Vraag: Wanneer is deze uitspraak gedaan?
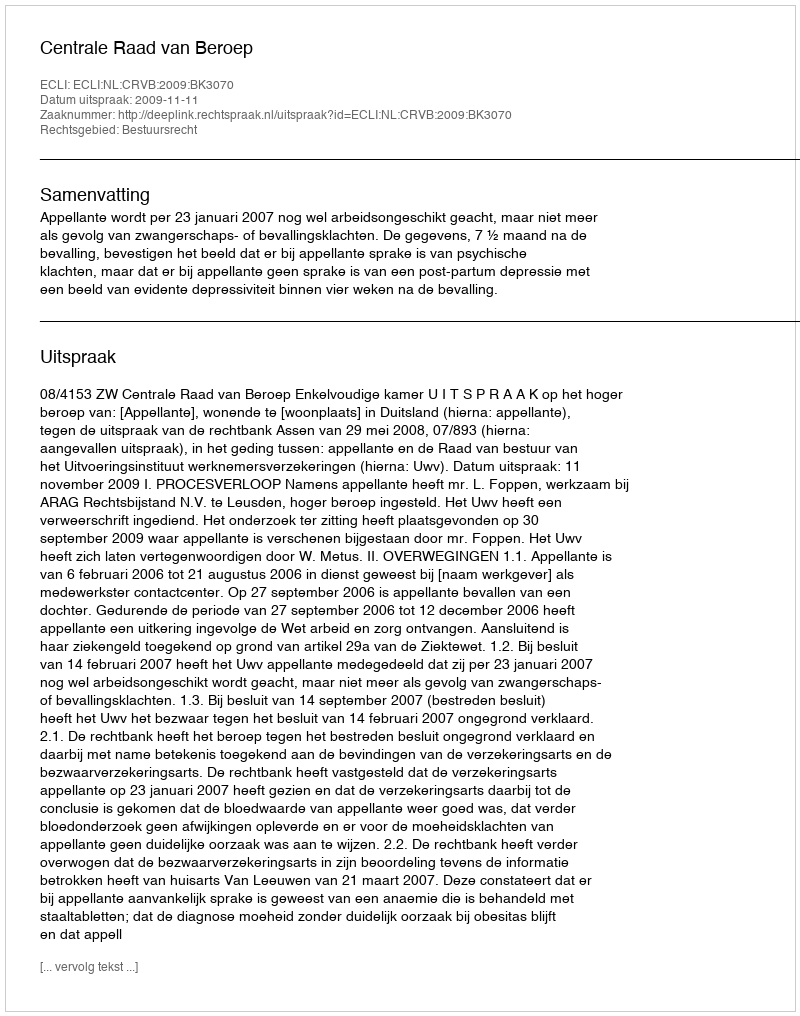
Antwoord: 2009-11-11